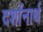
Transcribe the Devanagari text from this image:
दर्शानार्थ